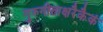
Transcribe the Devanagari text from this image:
गुरुगीताक्षरैकैकं